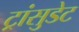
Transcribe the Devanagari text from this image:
ट्रांसुडेट